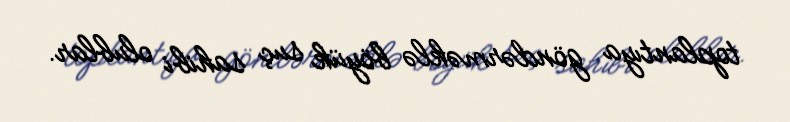
toplantıya göndərməklə böyük suç sahibi olublar.